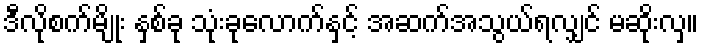
ဒီလိုစက်မျိုး နှစ်ခု သုံးခုလောက်နှင့် အဆက်အသွယ်ရလျှင် မဆိုးလှ။